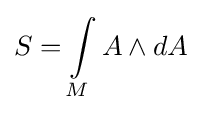
S=\int \limits _{M}A\wedge dA